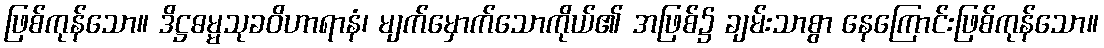
ဖြစ်ကုန်သော။ ဒိဋ္ဌဓမ္မသုခဝိဟာရာနံ၊ မျက်မှောက်သောကိုယ်၏ အဖြစ်၌ ချမ်းသာစွာ နေကြောင်းဖြစ်ကုန်သော။